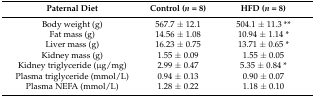
<table><thead><tr><td><b>Paternal Diet</b></td><td><b>Control (<i>n</i> = 8)</b></td><td><b>HFD (<i>n</i> = 8)</b></td></tr></thead><tbody><tr><td>Body weight (g)</td><td>567.7 ± 12.1</td><td>504.1 ± 11.3 **</td></tr><tr><td>Fat mass (g)</td><td>14.56 ± 1.08</td><td>10.94 ± 1.14 *</td></tr><tr><td>Liver mass (g)</td><td>16.23 ± 0.75</td><td>13.71 ± 0.65 *</td></tr><tr><td>Kidney mass (g)</td><td>1.55 ± 0.09</td><td> 1.55 ± 0.05</td></tr><tr><td>Kidney triglyceride (μg/mg)</td><td>2.99 ± 0.47</td><td>5.35 ± 0.84 *</td></tr><tr><td>Plasma triglyceride (mmol/L)</td><td>0.94 ± 0.13</td><td>0.90 ± 0.07</td></tr><tr><td>Plasma NEFA (mmol/L)</td><td>1.28 ± 0.22</td><td>1.18 ± 0.10</td></tr></tbody></table>